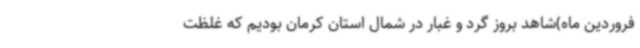
فروردین ماه)شاهد بروز گرد و غبار در شمال استان کرمان بودیم که غلظت